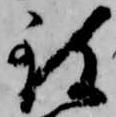
致